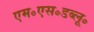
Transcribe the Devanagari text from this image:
एम॰एस॰डब्लू॰